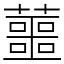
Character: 蘁